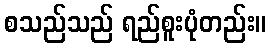
စသည်သည် ရည်စူးပုံတည်း။